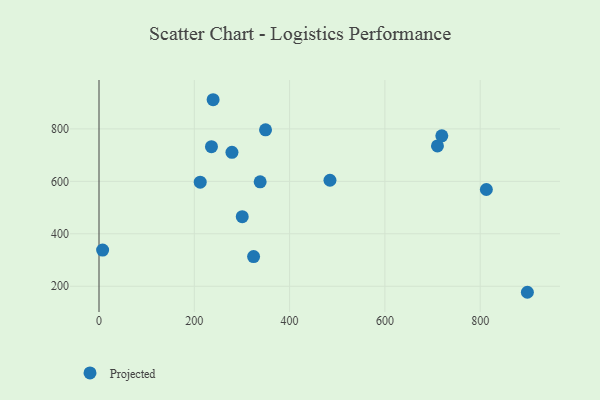
{"axis": {"x": "Speed", "y": "Exam Score"}, "legend": ["Projected"], "data": [{"x": "710.3", "y": 735.0, "type": "Projected"}, {"x": "324.4", "y": 313.3, "type": "Projected"}, {"x": "338.2", "y": 598.1, "type": "Projected"}, {"x": "7.6", "y": 338.1, "type": "Projected"}, {"x": "236.0", "y": 732.3, "type": "Projected"}, {"x": "899.0", "y": 177.0, "type": "Projected"}, {"x": "212.4", "y": 596.7, "type": "Projected"}, {"x": "300.6", "y": 465.3, "type": "Projected"}, {"x": "812.9", "y": 568.8, "type": "Projected"}, {"x": "484.7", "y": 604.2, "type": "Projected"}, {"x": "279.0", "y": 710.5, "type": "Projected"}, {"x": "239.5", "y": 911.2, "type": "Projected"}, {"x": "719.4", "y": 773.4, "type": "Projected"}, {"x": "349.5", "y": 796.6, "type": "Projected"}]}